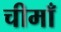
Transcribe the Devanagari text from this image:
चीमाँ